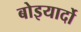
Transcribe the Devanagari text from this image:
बोइयार्दो